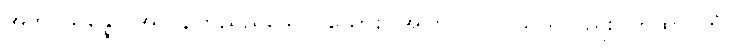
အဘိပ္ပသန္နော၊ အလွန်ကြည်ညိုသော။ ယောစ၊ အကြင်ပုဂ္ဂိုလ်သည်လည်း။ တထာဂတံဝါ၊